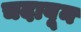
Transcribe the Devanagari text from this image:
चदावून